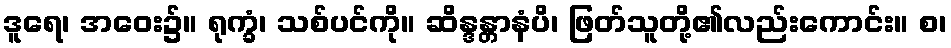
ဒူရေ၊ အဝေး၌။ ရုက္ခံ၊ သစ်ပင်ကို။ ဆိန္ဒန္တာနံပိ၊ ဖြတ်သူတို့၏လည်းကောင်း။ စ၊